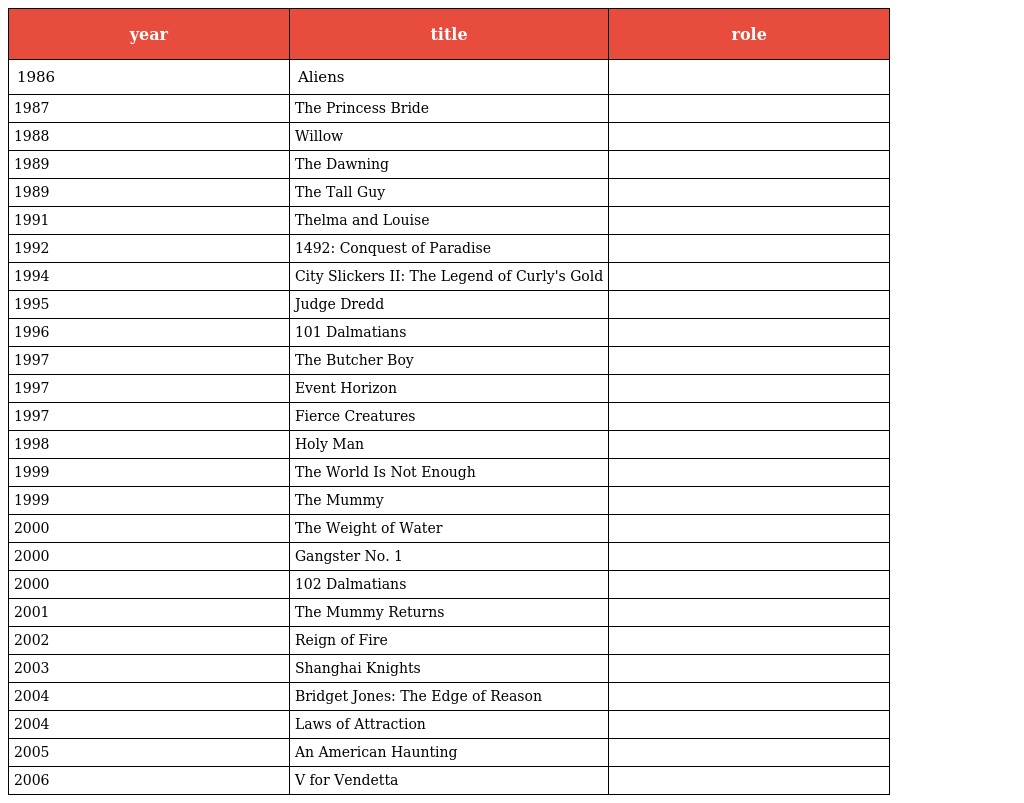
| year | title | role |
 | --- | --- | --- |
 | 1986 | Aliens |  |
 | 1987 | The Princess Bride |  |
 | 1988 | Willow |  |
 | 1989 | The Dawning |  |
 | 1989 | The Tall Guy |  |
 | 1991 | Thelma and Louise |  |
 | 1992 | 1492: Conquest of Paradise |  |
 | 1994 | City Slickers II: The Legend of Curly's Gold |  |
 | 1995 | Judge Dredd |  |
 | 1996 | 101 Dalmatians |  |
 | 1997 | The Butcher Boy |  |
 | 1997 | Event Horizon |  |
 | 1997 | Fierce Creatures |  |
 | 1998 | Holy Man |  |
 | 1999 | The World Is Not Enough |  |
 | 1999 | The Mummy |  |
 | 2000 | The Weight of Water |  |
 | 2000 | Gangster No. 1 |  |
 | 2000 | 102 Dalmatians |  |
 | 2001 | The Mummy Returns |  |
 | 2002 | Reign of Fire |  |
 | 2003 | Shanghai Knights |  |
 | 2004 | Bridget Jones: The Edge of Reason |  |
 | 2004 | Laws of Attraction |  |
 | 2005 | An American Haunting |  |
 | 2006 | V for Vendetta |  |